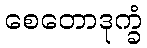
စေတောဒုက္ခံ